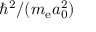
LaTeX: \hbar ^ { 2 } / ( m _ { \mathrm { e } } a _ { 0 } ^ { 2 } )